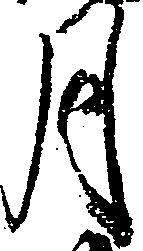
月